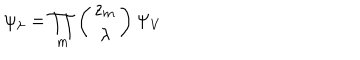
\psi _ { \lambda } = \prod _ { m } \left( \begin{array} { c } { { z _ { m } } } \\ { { \lambda } } \\ \end{array} \right) \Psi _ { V }